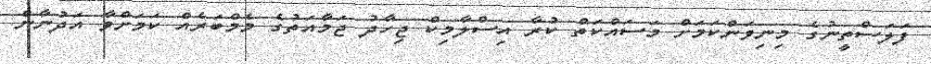
ފަލަސްތީނުގެ މިނިވަންކަމަށް މަސައްކަތް ކުރާ އިސްލާމިކް ޖިހާދު ޖަމާއަތުގެ މެމްބަރެއް ކަމަށްވާ އަދުނާން